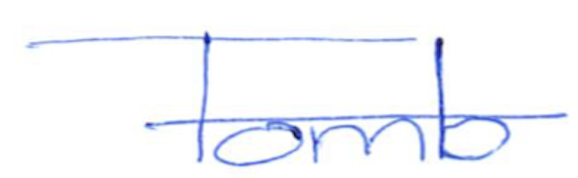
Text: Tomb
Cross-out: single-line
Writing tool: ballpoint